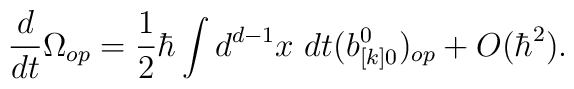
{d\over dt} \Omega_{op} = {1\over 2}\hbar \int d^{d-1}x\ dt(b_{[k]0}^0)_{op}+O(\hbar^2).